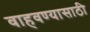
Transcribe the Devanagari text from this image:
वाहवण्यासाठी